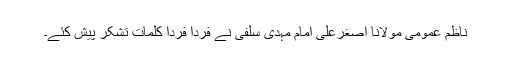
ناظم عمومی مولانا اصغرعلی امام مہدی سلفی نے فردا فردا کلمات تشکر پیش کئے۔